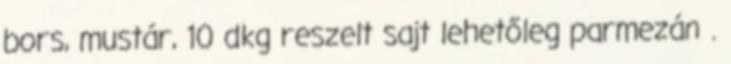
bors, mustár, 10 dkg reszelt sajt lehetőleg parmezán .